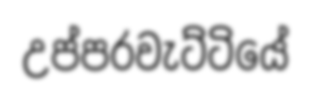
උප්පරවැට්ටියේ